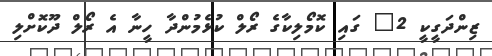
ޒިންދަގީކީ 2" ގައި ކޮމޯލިކާގެ ރޯލް ކުޅެމުންދާ ހީނާ އެ ރޯލް ދޫކޮށްލި